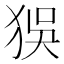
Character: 𤝲